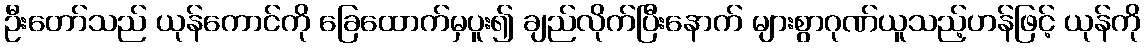
ဦးတော်သည် ယုန်ကောင်ကို ခြေထောက်မှပူး၍ ချည်လိုက်ပြီးနောက် များစွာဂုဏ်ယူသည့်ဟန်ဖြင့် ယုန်ကို